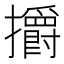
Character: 㩱